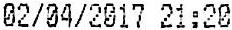
02/04/2017 21:20